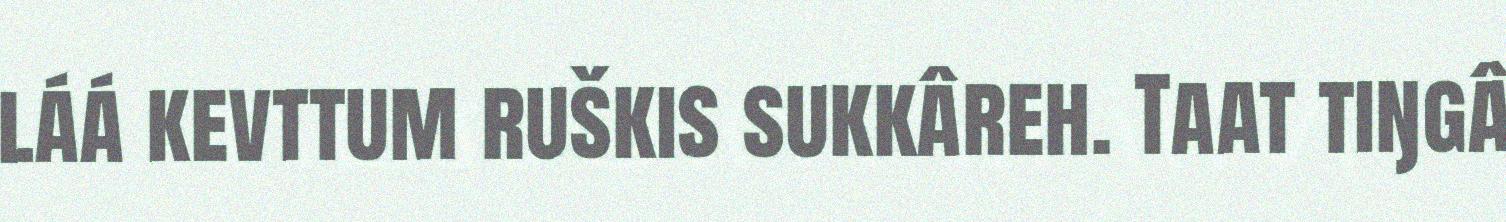
láá kevttum ruškis sukkâreh. Taat tiŋgâ